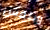
وبنفس